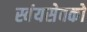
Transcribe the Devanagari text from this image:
स्वंयसेवको